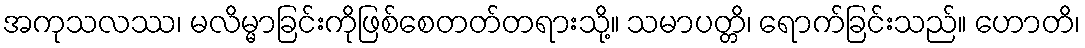
အကုသလဿ၊ မလိမ္မာခြင်းကိုဖြစ်စေတတ်တရားသို့။ သမာပတ္တိ၊ ရောက်ခြင်းသည်။ ဟောတိ၊